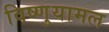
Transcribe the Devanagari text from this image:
विष्णुयामल